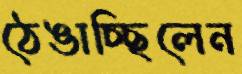
ঠেঙাচ্ছিলেন